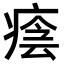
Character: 𤷜